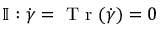
\mathbb { I } : \dot { \boldsymbol { \gamma } } = \mathrm { ~ T ~ r ~ } ( \dot { \boldsymbol { \gamma } } ) = 0